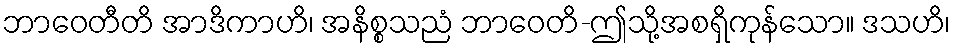
ဘာဝေတီတိ အာဒိကာဟိ၊ အနိစ္စသညံ ဘာဝေတိ-ဤသို့အစရှိကုန်သော။ ဒသဟိ၊